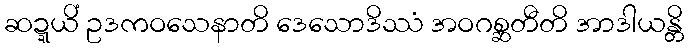
ဆဍ္ဍယိံ ဥဒကဝသေနာတိ ဒေသောဒိဿံ အဝဂစ္ဆတီတိ အာဒါယန္တိ